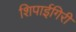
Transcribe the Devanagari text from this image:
शिपाईगिरी